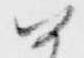
如